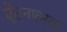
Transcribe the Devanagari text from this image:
ऐंठनात्मक